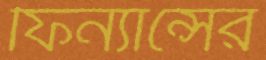
ফিন্যান্সের